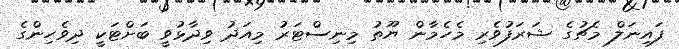
ފައިނަލް މެޗުގެ ޝަރަފުވެރި މެހެމާން ޔޫތު މިނިސްޓަރު މިއަދު ވިދާޅުވީ ބަށްޓަކީ ދިވެހިންގެ